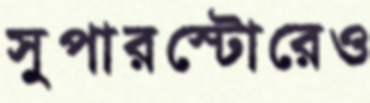
সুপারস্টোরেও